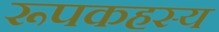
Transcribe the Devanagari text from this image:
रूपकहस्य